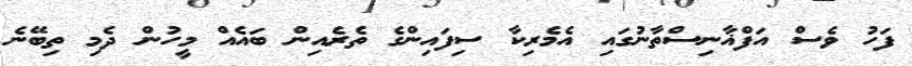
ފަހު ވެސް އަފްޣާނިސްތާނުގައި އެމެރިކާ ސިފައިންގެ ތެރެއިން ބައެއް މީހުން ދެމި ތިބޭނެ